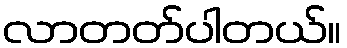
လာတတ်ပါတယ်။